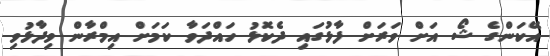
އޭކަންގެ ޝޯ އަށް ވަރަށް ފާޅުގައި ދެކޮޅު ހައްދަވާ ކަމަށް އިމްރާން ވިދާޅުވި